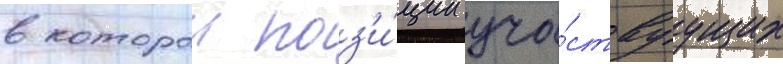
в которои поз'и́ции уча́ствуущих